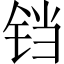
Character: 铛